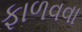
ફાળવવા